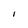
Character: l